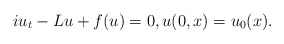
\begin{align*} iu_{t}-Lu+f(u)=0, u(0,x)=u_{0}(x).\end{align*}